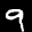
Label: 9